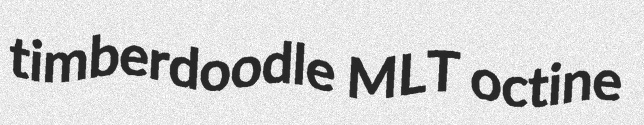
timberdoodle MLT octine